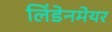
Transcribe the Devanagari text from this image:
लिंडेनमेयर